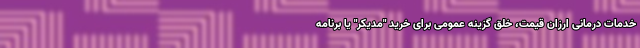
خدمات درمانی ارزان قیمت، خلق گزینه عمومی برای خرید "مدیکر" یا برنامه